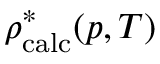
\rho _ { \mathrm { c a l c } } ^ { * } ( p , T )